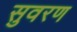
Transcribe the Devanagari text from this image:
सुवरण